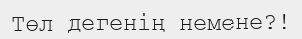
Төл дегенің немене?!